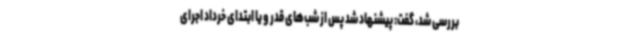
بررسی شد، گفت: پیشنهاد شد پس از شب‌های قدر و یا ابتدای خرداد اجرای